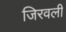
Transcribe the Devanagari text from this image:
जिरवली